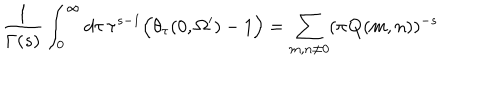
\frac { 1 } { \Gamma ( s ) } \int _ { 0 } ^ { \infty } d \tau \, \tau ^ { s - 1 } \Big ( \theta _ { \tau } ( 0 , \Omega ^ { \prime } ) - 1 \Big ) = \sum _ { m , n \neq 0 } ( \pi \mathbf { Q } ( m , n ) ) ^ { - s }